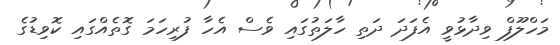
މަހްލޫފް ވިދާޅުވީ އެފަދަ ދަތި ހާލަތުގައި ވެސް އެހާ ފުރިހަމަ ގޮތެއްގައި ކޮވިޑުގެ